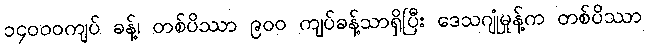
၁၄၀၀၀ကျပ် ခန့်၊ တစ်ပိဿာ ၉၀၀ ကျပ်ခန့်သာရှိပြီး ဒေသဂျုံမှုန့်က တစ်ပိဿာ